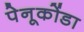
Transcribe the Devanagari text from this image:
पेनूकोंडा